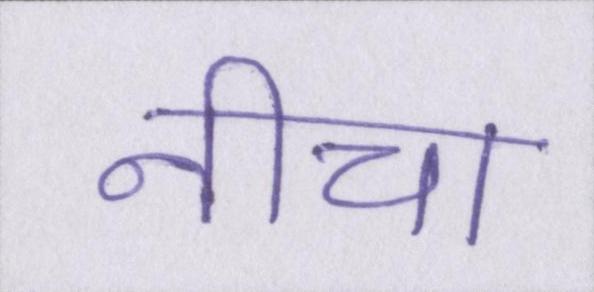
नीचा